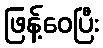
ဖြန့်ဝေပြီး